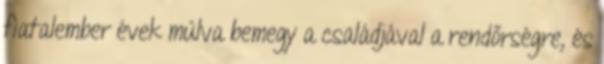
fiatalember évek múlva bemegy a családjával a rendőrségre, és